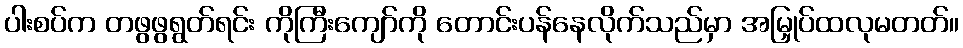
ပါးစပ်က တဖွဖွရွတ်ရင်း ကိုကြီးကျော်ကို တောင်းပန်နေလိုက်သည်မှာ အမြှုပ်ထလုမတတ်။